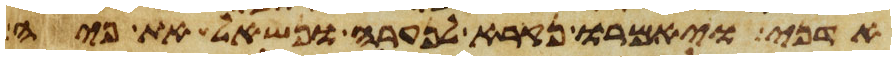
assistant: אדני ויאמרו נקרא לנערה ונשאל את פיה